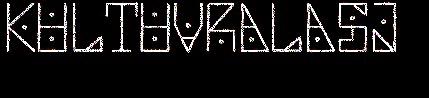
KULTUVRALASJ